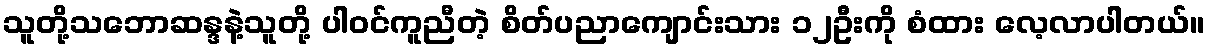
သူတို့သဘောဆန္ဒနဲ့သူတို့ ပါဝင်ကူညီတဲ့ စိတ်ပညာကျောင်းသား ၁၂ဦးကို စံထား လေ့လာပါတယ်။